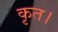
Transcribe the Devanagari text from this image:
कृत।